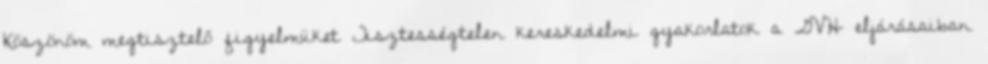
Köszönöm megtisztelő figyelmüket Tisztességtelen kereskedelmi gyakorlatok a GVH eljárásaiban